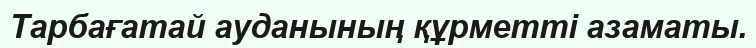
Тарбағатай ауданының құрметті азаматы.